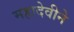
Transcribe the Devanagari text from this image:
महादेवीने